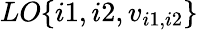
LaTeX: LO\{ i1,i2,v_{i1,i2}\}